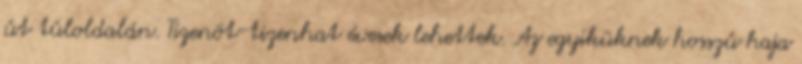
út túloldalán. Tizenöt-tizenhat évesek lehettek. Az egyiküknek hosszú haja